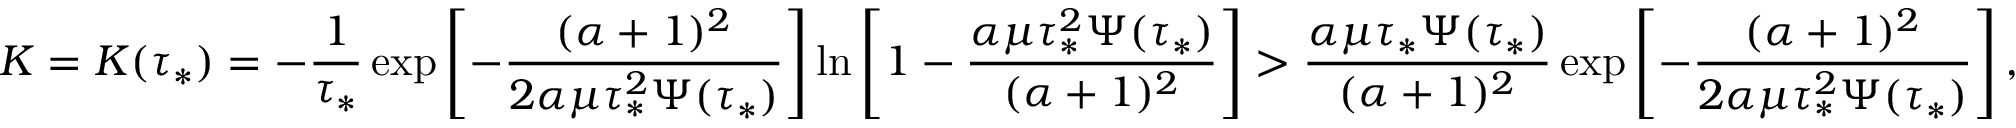
K = K ( \tau _ { * } ) = - \frac { 1 } { \tau _ { * } } \exp \left[ - \frac { ( \alpha + 1 ) ^ { 2 } } { 2 \alpha \mu \tau _ { * } ^ { 2 } \Psi ( \tau _ { * } ) } \right] \ln \left[ 1 - \frac { \alpha \mu \tau _ { * } ^ { 2 } \Psi ( \tau _ { * } ) } { ( \alpha + 1 ) ^ { 2 } } \right] > \frac { \alpha \mu \tau _ { * } \Psi ( \tau _ { * } ) } { ( \alpha + 1 ) ^ { 2 } } \exp \left[ - \frac { ( \alpha + 1 ) ^ { 2 } } { 2 \alpha \mu \tau _ { * } ^ { 2 } \Psi ( \tau _ { * } ) } \right] ,